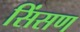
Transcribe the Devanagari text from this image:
सिंसण